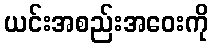
ယင်းအစည်းအဝေးကို